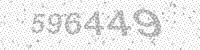
Solution: 596449